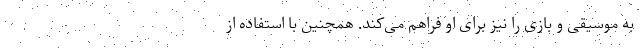
به موسیقی و بازی را نیز برای او فراهم می‌کند. همچنین با استفاده از